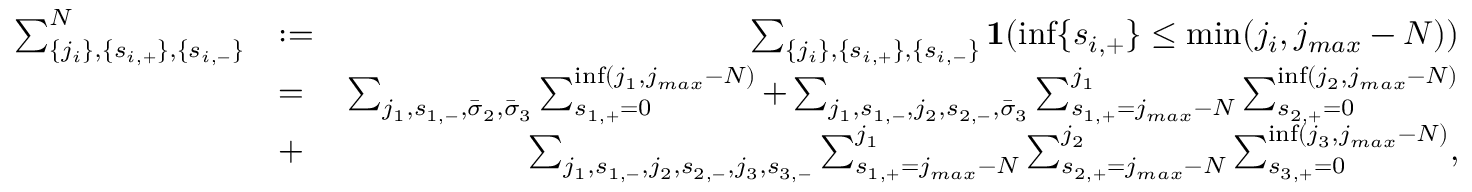
\begin{array} { r l r } { \sum _ { \{ j _ { i } \} , \{ s _ { i , + } \} , \{ s _ { i , - } \} } ^ { N } } & { : = } & { \sum _ { \{ j _ { i } \} , \{ s _ { i , + } \} , \{ s _ { i , - } \} } { \bf 1 } ( \operatorname* { i n f } \{ s _ { i , + } \} \le \operatorname* { m i n } ( j _ { i } , j _ { m a x } - N ) ) } \\ & { = } & { \sum _ { j _ { 1 } , s _ { 1 , - } , \bar { \sigma } _ { 2 } , \bar { \sigma } _ { 3 } } \sum _ { s _ { 1 , + } = 0 } ^ { \operatorname* { i n f } ( j _ { 1 } , j _ { m a x } - N ) } + \sum _ { j _ { 1 } , s _ { 1 , - } , j _ { 2 } , s _ { 2 , - } , \bar { \sigma } _ { 3 } } \sum _ { s _ { 1 , + } = j _ { m a x } - N } ^ { j _ { 1 } } \sum _ { s _ { 2 , + } = 0 } ^ { \operatorname* { i n f } ( j _ { 2 } , j _ { m a x } - N ) } } \\ & { + } & { \sum _ { j _ { 1 } , s _ { 1 , - } , j _ { 2 } , s _ { 2 , - } , j _ { 3 } , s _ { 3 , - } } \sum _ { s _ { 1 , + } = j _ { m a x } - N } ^ { j _ { 1 } } \sum _ { s _ { 2 , + } = j _ { m a x } - N } ^ { j _ { 2 } } \sum _ { s _ { 3 , + } = 0 } ^ { \operatorname* { i n f } ( j _ { 3 } , j _ { m a x } - N ) } , } \end{array}